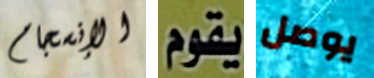
الإنسجام يقوم يوصل